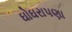
ઘોઘરાપણા